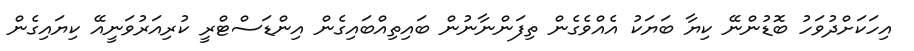
އިހަކަށްދުވަހު ބޮޑުންނޭ ކިޔާ ބަޔަކު އެއްވެގެން ތިފަންނާނުން ބައިތިއްބައިގެން އިންޑަސްޓްރީ ކުރިއަރުވަނީއޭ ކިޔައިގެން